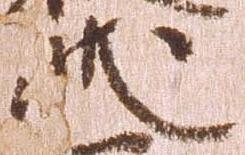
状